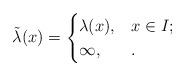
LaTeX: \begin{align*}\tilde{\lambda}(x)=\begin{cases}\lambda(x), & x\in I; \\\infty, &.\end{cases}\end{align*}